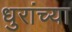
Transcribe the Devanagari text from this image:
धुरांच्या